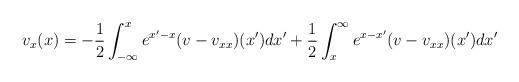
LaTeX: \begin{align*}v_x(x)&=-\dfrac{1}{2}\int_{-\infty}^x e^{x'-x}(v-v_{xx})(x')dx'+\dfrac{1}{2}\int_x^\infty e^{x-x'}(v-v_{xx})(x')dx'\end{align*}